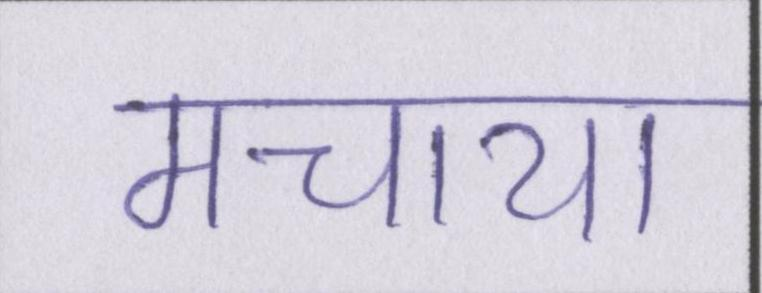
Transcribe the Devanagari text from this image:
मचाया